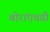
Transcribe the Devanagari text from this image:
बोरांएवढी